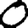
Digit: 0